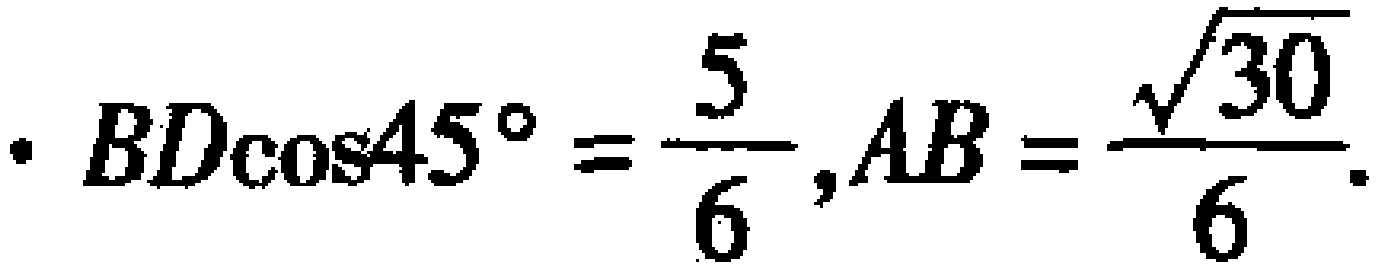
$ \cdot BD\cos 45^{\circ}=\frac{5}{6},AB = \frac{\sqrt{30}}{6}.$